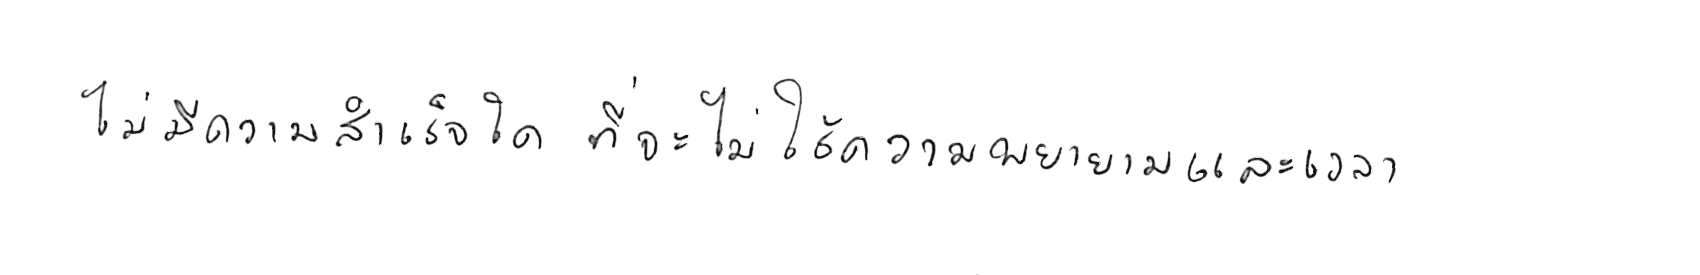
ไม่มีความสำเร็จใด ที่จะไม่ใช้ความพยายามและเวลา